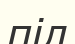
піл